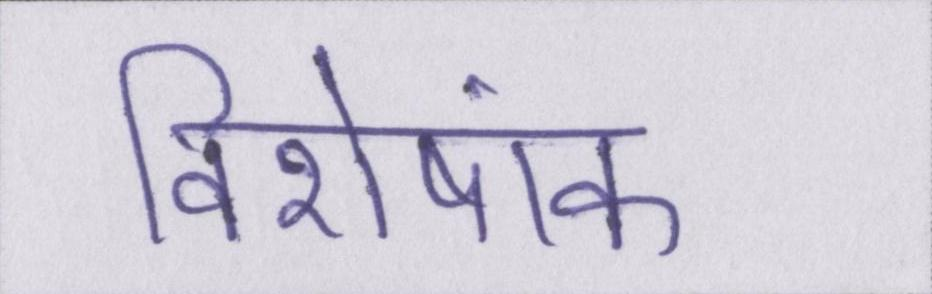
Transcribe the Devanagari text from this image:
विशेषांक